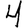
Digit: 4